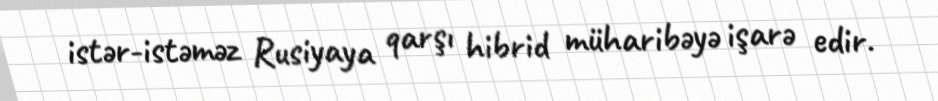
istər-istəməz Rusiyaya qarşı hibrid müharibəyə işarə edir.